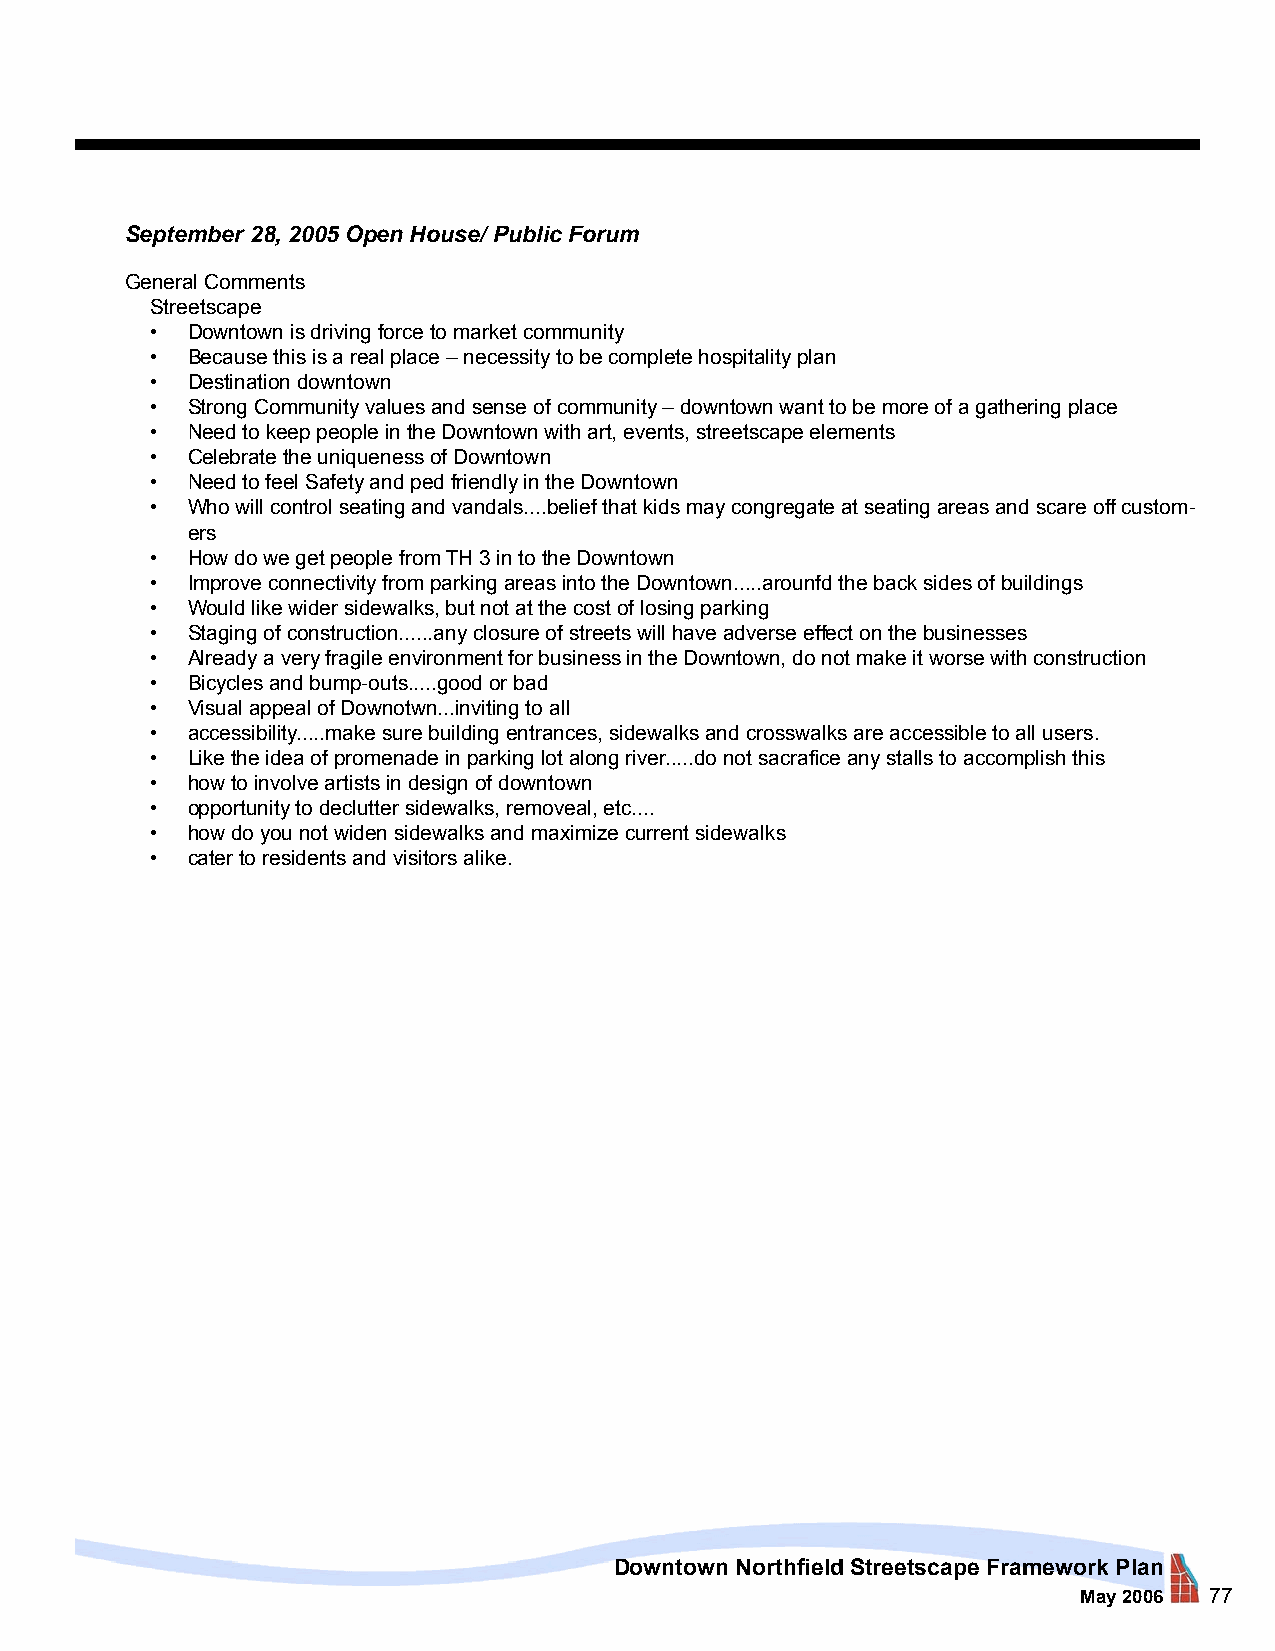
September 28, 2005 Open House/ Public Forum
 General Comments
 Streetscape
 • Downtown is driving force to market community
 • Because this is a real place – necessity to be complete hospitality plan
 • Destination downtown
 • Strong Community values and sense of community – downtown want to be more of a gathering place
 • Need to keep people in the Downtown with art, events, streetscape elements
 • Celebrate the uniqueness of Downtown
 • Need to feel Safety and ped friendly in the Downtown
 • Who will control seating and vandals....belief that kids may congregate at seating areas and scare off custom-
 ers
 • How do we get people from TH 3 in to the Downtown
 • Improve connectivity from parking areas into the Downtown.....arounfd the back sides of buildings
 • Would like wider sidewalks, but not at the cost of losing parking
 • Staging of construction......any closure of streets will have adverse effect on the businesses
 • Already a very fragile environment for business in the Downtown, do not make it worse with construction
 • Bicycles and bump-outs.....good or bad
 • Visual appeal of Downotwn...inviting to all
 • accessibility.....make sure building entrances, sidewalks and crosswalks are accessible to all users.
 • Like the idea of promenade in parking lot along river.....do not sacrafice any stalls to accomplish this
 • how to involve artists in design of downtown
 • opportunity to declutter sidewalks, removeal, etc....
 • how do you not widen sidewalks and maximize current sidewalks
 • cater to residents and visitors alike.
 Downtown Northfield Streetscape Framework Plan
 May 2006 77